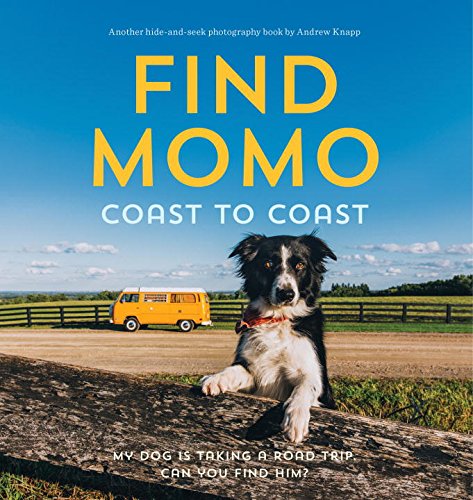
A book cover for Find Momo Coast to Coast: A Photography Book; Andrew Knapp; Humor & Entertainment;